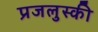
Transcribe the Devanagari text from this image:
प्रजलुस्की